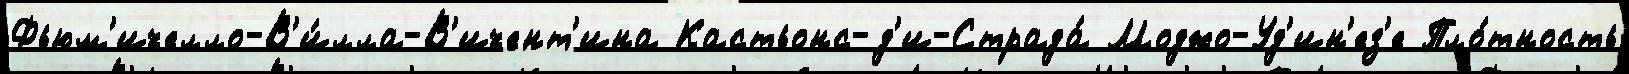
Фьюм'ичелло-В'и́лла-В'ичент'ина Кастьонс-д'и-Страда́ Моджо-Уд'ин'ез'е Пло́тность